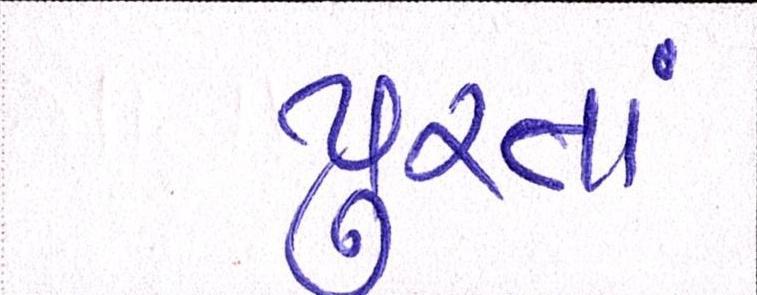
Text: પુરતાં